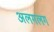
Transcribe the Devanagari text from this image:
अलगलग